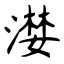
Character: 漤